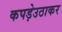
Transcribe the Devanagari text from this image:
कपड़ेउठाकर